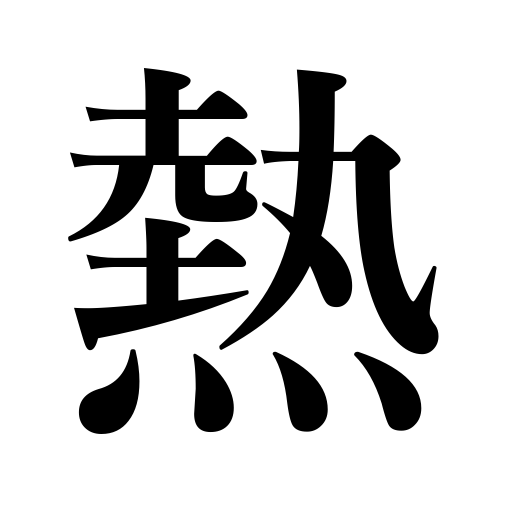
Meanings: mania,temperature,fad,fever,enthusiasm,passion,heat,hot,warmth